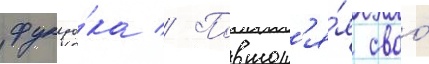
фукуо́ка // Повтор'я́я своо́